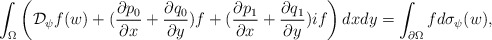
\begin{align*} \int_\Omega\left( {\mathcal D}_{\psi} f(w) + ( \frac{\partial p_0}{\partial x } + \frac{\partial q_0}{\partial y } )f + ( \frac{\partial p_1}{\partial x } + \frac{\partial q_1}{\partial y } ) { i} f\right)dxdy =\int_{\partial \Omega} f d\sigma_{\psi}(w), \end{align*}